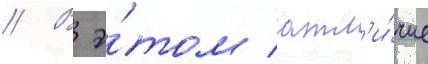
// В э́том отл'и́чие